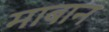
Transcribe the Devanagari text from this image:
माबान